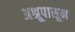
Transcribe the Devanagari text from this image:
अश्रूपासून